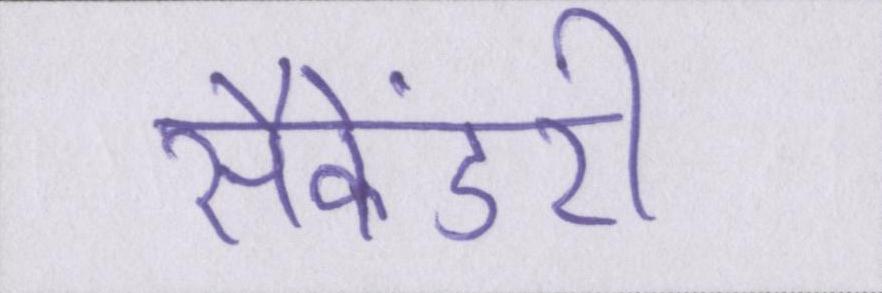
सैकेंडरी